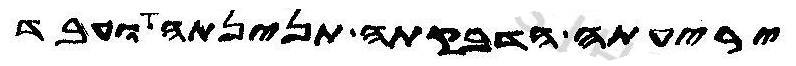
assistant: יריעתה הדבקתה תנינתה ועבד